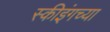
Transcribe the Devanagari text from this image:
स्कीइंगच्या